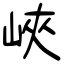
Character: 峽